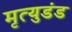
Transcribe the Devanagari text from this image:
मृत्युडंड